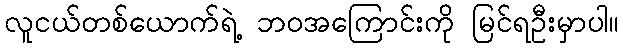
လူငယ်တစ်ယောက်ရဲ့ ဘ၀အကြောင်းကို မြင်ရဦးမှာပါ။